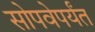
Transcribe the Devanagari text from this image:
सोपवेपर्यंत